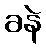
ခနဲ